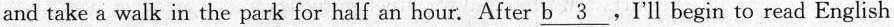
and take a walk in the park for half an hour. After \underline{b 3} , I'll begin to read English